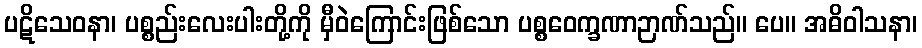
ပဋိသေဝနာ၊ ပစ္စည်းလေးပါးတို့ကို မှီဝဲကြောင်းဖြစ်သော ပစ္စဝေက္ခဏာဉာဏ်သည်။ ပေ။ အဓိဝါသနာ၊